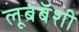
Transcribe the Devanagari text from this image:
लूबंबॅशी